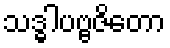
သဒ္ဓါပဗ္ဗဇိတော